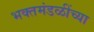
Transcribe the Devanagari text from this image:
भक्तमंडळींच्या